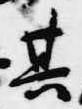
其